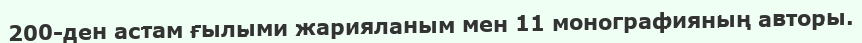
200-ден астам ғылыми жарияланым мен 11 монографияның авторы.